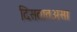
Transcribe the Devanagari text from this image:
दिसतातअसा